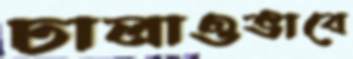
ঢালাওভাবে